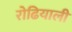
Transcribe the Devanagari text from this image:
रोढियाली